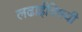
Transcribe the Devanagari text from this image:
लढाईविषयी